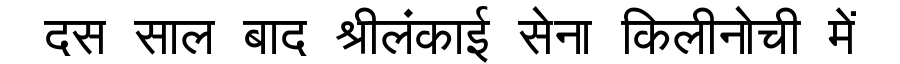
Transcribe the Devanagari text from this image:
दस साल बाद श्रीलंकाई सेना किलीनोची में